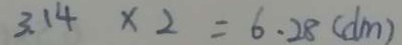
3 . 1 4 \times 2 = 6 . 2 8 ( d m )